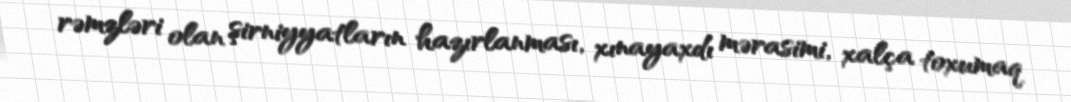
rəmzləri olan şirniyyatların hazırlanması, xınayaxdı mərasimi, xalça toxumaq